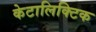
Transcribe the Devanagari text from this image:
केटालिक्टिक